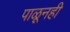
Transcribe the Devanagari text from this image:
पाळूनही